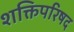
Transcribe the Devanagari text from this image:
शक्तिपरिषद